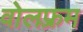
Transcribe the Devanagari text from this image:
वोलफ़्रम